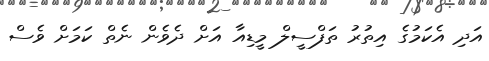
އަދި އެކަމުގެ އިތުރު ތަފްސީލް މީޑިއާ އަށް ދެވެން ނެތް ކަމަށް ވެސް